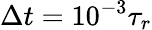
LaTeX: \Delta t=10^{-3}\tau_{r}